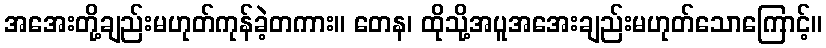
အအေးတို့ချည်းမဟုတ်ကုန်ခဲ့တကား။ တေန၊ ထိုသို့အပူအအေးချည်းမဟုတ်သောကြောင့်။